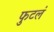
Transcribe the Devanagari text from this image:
फुटलं